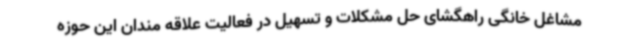
مشاغل خانگی راهگشای حل مشکلات و تسهیل در فعالیت علاقه مندان این حوزه